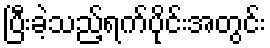
ပြီးခဲ့သည့်ရက်ပိုင်းအတွင်း